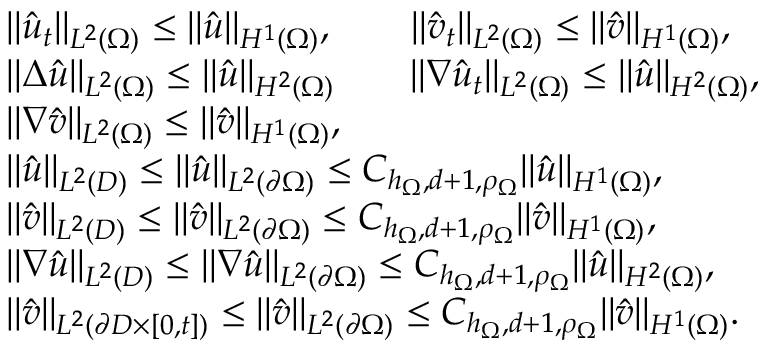
\begin{array} { r l } & { \| \hat { u } _ { t } \| _ { L ^ { 2 } ( \Omega ) } \leq \| \hat { u } \| _ { H ^ { 1 } ( \Omega ) } , \qquad \| \hat { v } _ { t } \| _ { L ^ { 2 } ( \Omega ) } \leq \| \hat { v } \| _ { H ^ { 1 } ( \Omega ) } , } \\ & { \| \Delta \hat { u } \| _ { L ^ { 2 } ( \Omega ) } \leq \| \hat { u } \| _ { H ^ { 2 } ( \Omega ) } \qquad \| \nabla \hat { u } _ { t } \| _ { L ^ { 2 } ( \Omega ) } \leq \| \hat { u } \| _ { H ^ { 2 } ( \Omega ) } , } \\ & { \| \nabla \hat { v } \| _ { L ^ { 2 } ( \Omega ) } \leq \| \hat { v } \| _ { H ^ { 1 } ( \Omega ) } , } \\ & { \| \hat { u } \| _ { L ^ { 2 } ( D ) } \leq \| \hat { u } \| _ { L ^ { 2 } ( \partial \Omega ) } \leq C _ { h _ { \Omega } , d + 1 , \rho _ { \Omega } } \| \hat { u } \| _ { H ^ { 1 } ( \Omega ) } , } \\ & { \| \hat { v } \| _ { L ^ { 2 } ( D ) } \leq \| \hat { v } \| _ { L ^ { 2 } ( \partial \Omega ) } \leq C _ { h _ { \Omega } , d + 1 , \rho _ { \Omega } } \| \hat { v } \| _ { H ^ { 1 } ( \Omega ) } , } \\ & { \| \nabla \hat { u } \| _ { L ^ { 2 } ( D ) } \leq \| \nabla \hat { u } \| _ { L ^ { 2 } ( \partial \Omega ) } \leq C _ { h _ { \Omega } , d + 1 , \rho _ { \Omega } } \| \hat { u } \| _ { H ^ { 2 } ( \Omega ) } , } \\ & { \| \hat { v } \| _ { L ^ { 2 } ( \partial D \times [ 0 , t ] ) } \leq \| \hat { v } \| _ { L ^ { 2 } ( \partial \Omega ) } \leq C _ { h _ { \Omega } , d + 1 , \rho _ { \Omega } } \| \hat { v } \| _ { H ^ { 1 } ( \Omega ) } . } \end{array}